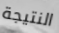
النتيجة